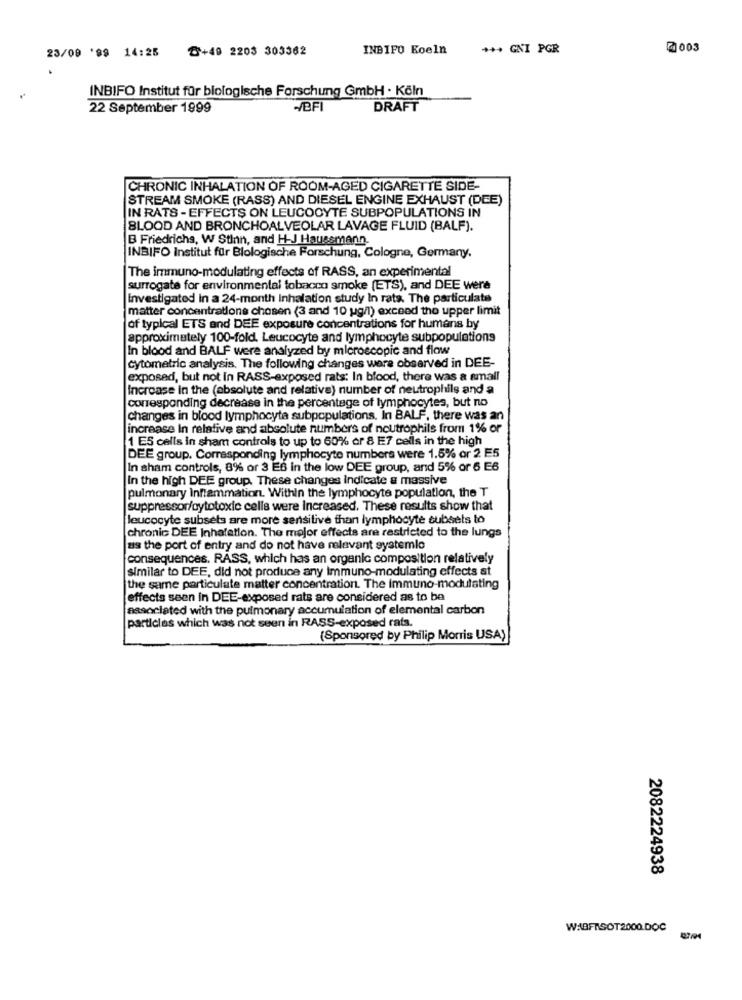
৳+49 2203 303362
INBIFO Koeln
+++ GNI PGR
2003
23/09 '99 14:25
..
INBIFO Institut für biologische Forschung GmbH . Köln
22 September 1999
-/BFI
DRAFT
CHRONIC INHALATION OF ROOM-AGED CIGARETTE SIDE-
STREAM SMOKE (RASS) AND DIESEL ENGINE EXHAUST (DEE)
IN RATS - EFFECTS ON LEUCOCYTE SUBPOPULATIONS IN
BLOOD AND BRONCHOALVEOLAR LAVAGE FLUID (BALF).
B Friedrichs, W Stinn, and H-J Haussmann.
INBIFO Institut für Blologische Forschung, Cologne, Germany.
The immuno-modulating effects of RASS, an experimental
surrogate for environmental tobacco smoke (ETS), and DEE were
Investigated in a 24-month inhalation study In rats. The particulate
matter concentrations chosen (3 and 10 ug/1) exceed the upper limit
of typical ETS and DEE exposure concentrations for humans by
approximately 100-fold. Leucocyte and lymphocyte subpopulations
In blood and BALF were analyzed by microscopic and flow
cytometric analysis. The following changes were observed in DEE-
exposed, but not In RASS-exposed rats: In blood, there was a small
Increase in the (absolute and relative) number of neutrophils and a
corresponding decrease in the percentage of lymphocytes, but no
changes in blood lymphocyte subpopulations. In BALF, there was an
increase In relative and absolute numbers of noutrophils from 1% or
1 ES calls in sham controls to up to 60% or 8 E7 cells in the high
DEE group. Corresponding lymphocyte numbers were 1.5% or 2 E5
In sham controls, 8% or 3 E6 in the low DEE group, and 5% or 6 E6
In the high DEE group. These changes indicate a massive
pulmonary Inflammation. Within the lymphocyte population, the T
suppressor/cytotoxic cells were Increased. These results show that
leucocyte subsets are more sensitive than lymphocyte subsets to
chronic DEE Inhalation. The major effects are restricted to the lungs
as the port of entry and do not have relevant systemlo
consequences. RASS, which has an organic composition relatively
similar to DEE, did not produce any immuno-modulating effects at
the same particulate matter concentration. The Immuno-modulating
effects seen in DEE-exposed rats are considered as to be
associated with the pulmonary accumulation of elemental carbon
particles which was not seen in RASS-exposed rats.
(Sponsored by Philip Morris USA)
2082224938
WABFASOT2000.DOC